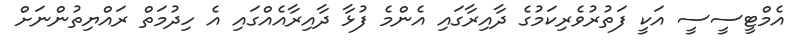
އެމްޓީސީސީ އަކީ ފަތުރުވެރިކަމުގެ ދާއިރާގައި އެންމެ ފުޅާ ދާއިރާއެއްގައި އެ ހިދުމަތް ރައްޔިތުންނަށް